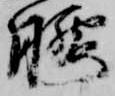
腰